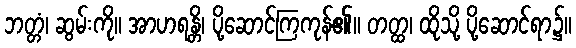
ဘတ္တံ၊ ဆွမ်းကို။ အာဟရန္တိ၊ ပို့ဆောင်ကြကုန်၏။ တတ္ထ၊ ထိုသို့ ပို့ဆောင်ရာ၌။